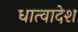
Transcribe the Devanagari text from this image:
धात्वादेश